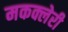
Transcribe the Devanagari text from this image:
मकक्लेरी